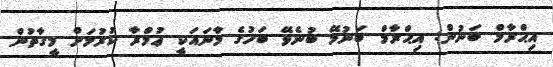
އިޙްރާމް ބަނުން: އިޙްރާމް ބަނުމޭ ބުނެވޭ ބަހުގެ މާނައަކީ ޢުމްރާ ކުރުމަށް މީގާތުން